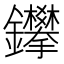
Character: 鑻